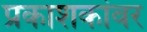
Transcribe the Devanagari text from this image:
प्रकाशकांवर